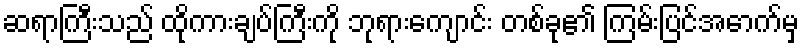
ဆရာကြီးသည် ထိုကားချပ်ကြီးကို ဘုရားကျောင်း တစ်ခု၏ ကြမ်းပြင်အောက်မှ